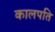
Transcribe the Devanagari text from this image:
कालपति